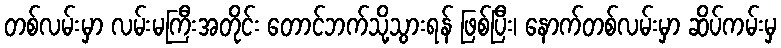
တစ်လမ်းမှာ လမ်းမကြီးအတိုင်း တောင်ဘက်သို့သွားရန် ဖြစ်ပြီး၊ နောက်တစ်လမ်းမှာ ဆိပ်ကမ်းမှ